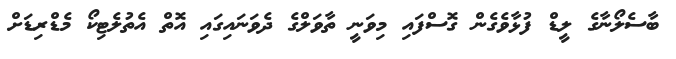
ބާސެލޯނާގެ ލީޑް ފުޅާވެގެން ގޮސްފައި މިވަނީ ތާވަލްގެ ދެވަނައިގައި އޮތް އެތުލެޓިކޯ މެޑްރިޑަށް